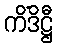
ကိံဒိဋ္ဌီ